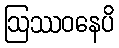
ဩဿဝနေပိ